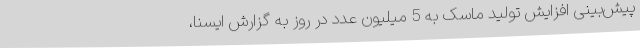
پیش‌بینی افزایش تولید ماسک به 5 میلیون عدد در روز به گزارش ایسنا،